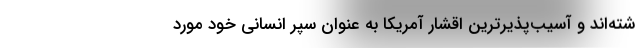
شته‌اند و آسیب‌پذیرترین اقشار آمریکا به عنوان سپر انسانی خود مورد